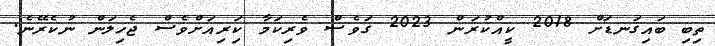
ތިބި ބައިގަނޑަށް 2018 ކީއްކުރަން 2023 ގަވެސް ވެރިކަމާ ކަިރިއަށްވެސް ޖެހިލަން ނުކެރޭނެ.